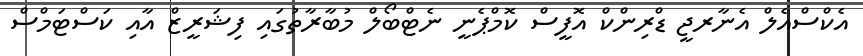
އެކްސްއެލް އެނާރޖީ ޑްރިންކް އޮފީސް ކޮމްޕެނީ ނެޓްބޯލް މުބާރާތުގައި ފިޝަރީޒް އާއި ކަސްޓަމްސް